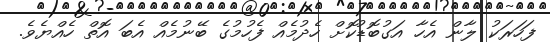
ފަހަރަކު ލާން އެހާ އަގުބޮޑުކޮށް ހެދުމެއް ފެހުމުގެ ބޭނުމެއް އެބަ އޮތް ހެއްޔެވެ.